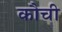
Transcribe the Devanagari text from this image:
कौची